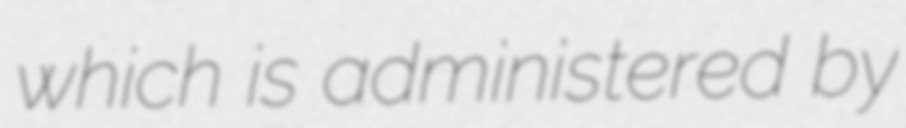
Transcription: which is administered by